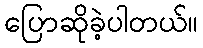
ပြောဆိုခဲ့ပါတယ်။